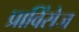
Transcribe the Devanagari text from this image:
प्राविंसेज